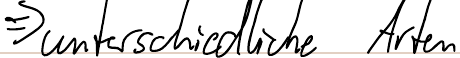
=> unterschiedliche Arten